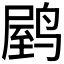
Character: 𬸟